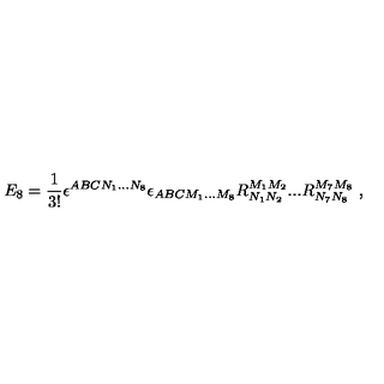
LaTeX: E _ { 8 } = { \frac { 1 } { 3 ! } } \epsilon ^ { A B C N _ { 1 } . . . N _ { 8 } } \epsilon _ { A B C M _ { 1 } . . . M _ { 8 } } R _ { N _ { 1 } N _ { 2 } } ^ { M _ { 1 } M _ { 2 } } . . . R _ { N _ { 7 } N _ { 8 } } ^ { M _ { 7 } M _ { 8 } } \ ,